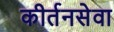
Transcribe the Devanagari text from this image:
कीर्तनसेवा